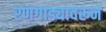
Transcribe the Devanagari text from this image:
रणगाड्यावरून